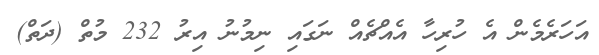
އަހަރެމެން އެ ހުރިހާ އެއްޗެއް ނަގައި ނިމުނު އިރު 232 މުތް (ދަތް)